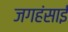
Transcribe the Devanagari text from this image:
जगहंसाई